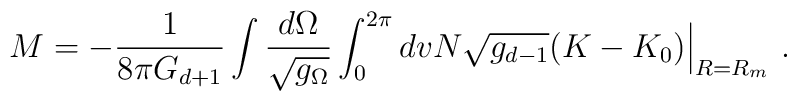
M = - \frac{1}{8\pi G_{d+1}} \int \frac{d\Omega}{\sqrt{g_{\Omega}}}\int^{2\pi}_0 dv N \sqrt{g_{d-1}} ( K-K_0 ) \Big|_{R=R_m} \ .